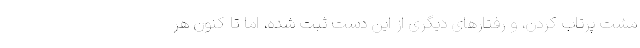
مشت پرتاب کردن، و رفتارهای دیگری از این دست ثبت شده، اما تا کنون هر